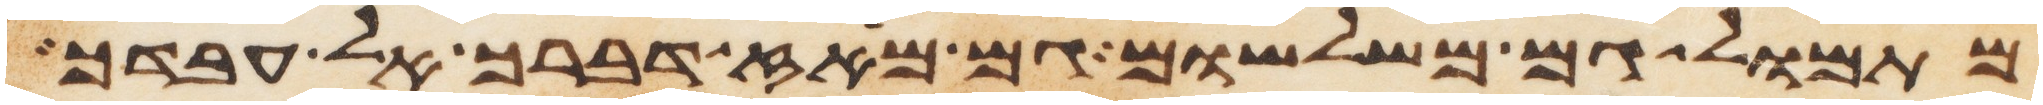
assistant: מתמול גם משלשום גם מאז דברך אל עבדך